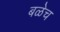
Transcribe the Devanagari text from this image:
बळेच